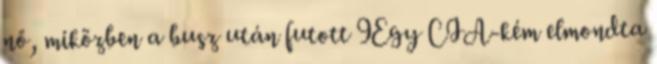
nő, miközben a busz után futott 9Egy CIA-kém elmondta